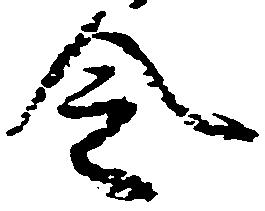
令